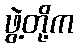
ဖွဲ့တို့က